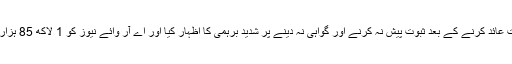
ہائی کورٹ نے اے آروائے نیوز کی جانب سے سنگین ترین الزامات عائد کرنے کے بعد ثبوت پیش نہ کرنے اور گواہی نہ دینے پر شدید برہمی کا اظہار کیا اور اے آر وائے نیوز کو 1 لاکھ 85 ہزار پاؤنڈ (تقریباً اڑھائی کروڑ روپے) ہرجانہ ادا کرنے کا حکم سنادیا۔